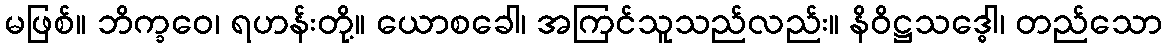
မဖြစ်။ ဘိက္ခဝေ၊ ရဟန်းတို့။ ယောစခေါ၊ အကြင်သူသည်လည်း။ နိဝိဋ္ဌသဒ္ဓေါ၊ တည်သော